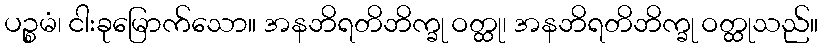
ပဉ္စမံ၊ ငါးခုမြောက်သော။ အနဘိရတိဘိက္ခု ဝတ္ထု၊ အနဘိရတိဘိက္ခု ဝတ္ထုသည်။